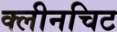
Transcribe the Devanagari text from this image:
क्लीनचिट